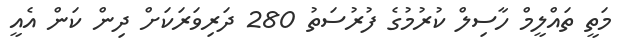
މަތީ ތައްލީމް ހާސިލް ކުުރުމުގެ ފުރުސަތު 280 ދަރިވަރަކަށް ދިން ކަން އެއީ